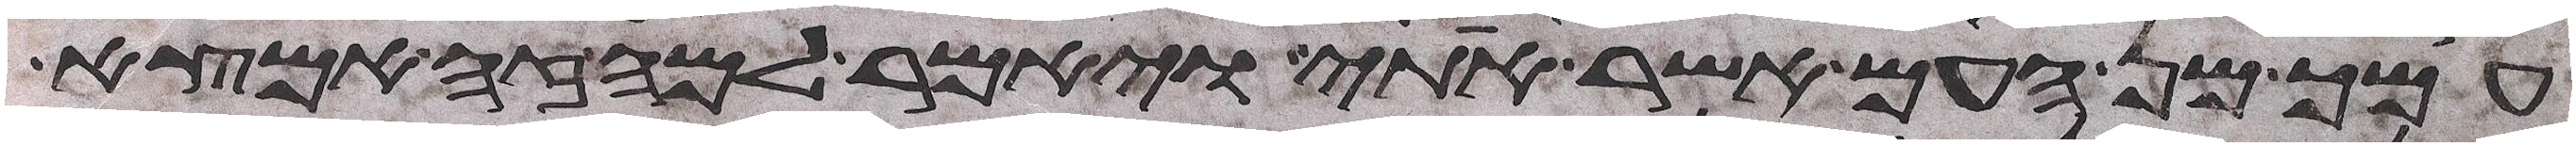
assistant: עמך מן העם אשר אתי ויאמר למה זה אמצא